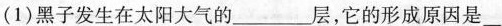
(1)黑子发生在太阳大气的___层，它的形成原因是___。